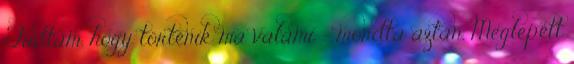
Tudtam, hogy történik ma valami – mondta aztán. Meglepett